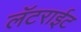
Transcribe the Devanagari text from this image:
लॅटराईट